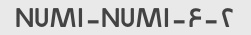
۲-NUM۱-NUM۱-۶